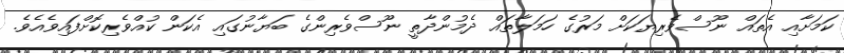
ކަމަށާއި އެތައް ނޫސްވެރިޔަކަށް މަރުގެ ހަމަލާތައް ދެމުންދާތީ ނޫސްވެރިންގެ ބަޔާނުގައި އެކަން ކުއްވެރިކޮށްފައިވެއެވެ.